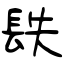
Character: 镻